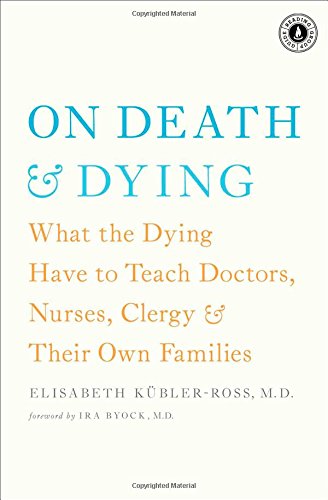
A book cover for On Death and Dying: What the Dying Have to Teach Doctors, Nurses, Clergy and Their Own Families; Elisabeth KÃ¼bler-Ross; Self-Help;